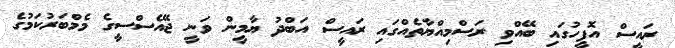
ރައީސް އޮފީހުގައި ބޭއްވި ރަސްމިއްޔާތެއްގައި ރައީސް އަބްދު ޔާމީން ވަނީ ޖޭއެސްސީގެ މެމްބަރުކަމުގެ